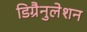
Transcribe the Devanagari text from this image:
डिग्रैनुलेशन